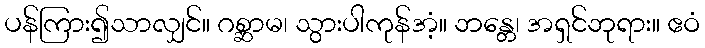
ပန်ကြား၍သာလျှင်။ ဂစ္ဆာမ၊ သွားပါကုန်အံ့။ ဘန္တေ၊ အရှင်ဘုရား။ ဧဝံ